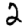
Digit: 2